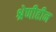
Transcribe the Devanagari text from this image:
श्रेणीहीन